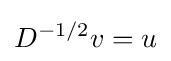
D^{-1/2}v=u